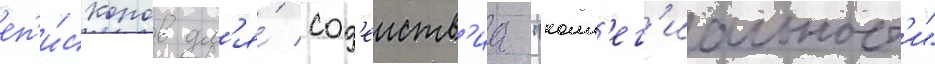
еп'и́скопов дл'я́ сод'еиств'иа "колл'ег'иальност'и"